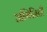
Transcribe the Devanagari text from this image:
अभिनिती